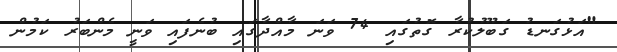
"އަޅުގަނޑު ގަބޫލުކުރާ ގޮތުގައި 74 ވަނަ މާއްދާގައި ބުނެފައި ވަނީ މެންބަރު ކަމުން